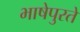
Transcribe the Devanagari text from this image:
भाषेपुरते